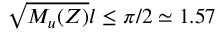
\sqrt { M _ { u } ( Z ) } l \le \pi / 2 \simeq 1 . 5 7